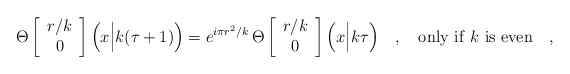
\begin{align*}\Theta\left[\begin{array}{c}r/k \\ 0\end{array}\right]\Big(x\Big|k(\tau+1)\Big)=e^{i\pi r^2/k}\,\Theta\left[\begin{array}{c}r/k \\ 0\end{array}\right]\Big(x\Big|k\tau\Big)\ \ \ ,\ \ \ {\rm only\ if}\ k\ {\rm is\ even}\ \ \ ,\end{align*}